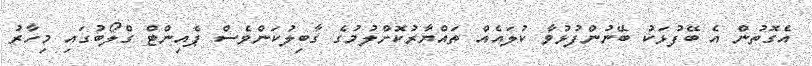
އެގޮތުން އެ ބޭފުޅަކު ބޭނުންފުޅުވާ ކުލައެއް ތައްޔާރުކޮށްލުމުގެ ގާބިލުކަންވެސް ޕެއިންޓް ގްލޯބުގައި މިހާރު